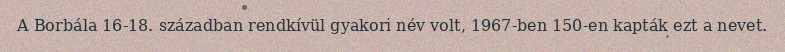
A Borbála 16-18. században rendkívül gyakori név volt, 1967-ben 150-en kapták ezt a nevet.